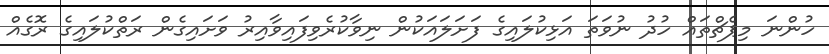
ހުންނަ މިޕެޗްތައް ހުދު ނުވަތަ އަޅިކުލައިގެ ފަށަލައަކުން ނިވާކުރެވިފައިވާއިރު ވަށައިގެން ރަތްކުލައިގެ ރޮގެއް